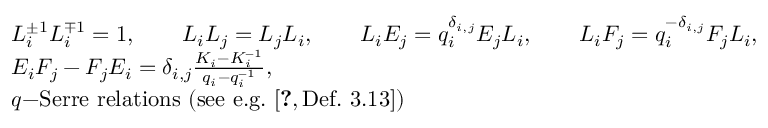
\begin{array} { r l } & { L _ { i } ^ { \pm 1 } L _ { i } ^ { \mp 1 } = 1 , \qquad L _ { i } L _ { j } = L _ { j } L _ { i } , \qquad L _ { i } E _ { j } = q _ { i } ^ { \delta _ { i , j } } E _ { j } L _ { i } , \qquad L _ { i } F _ { j } = q _ { i } ^ { - \delta _ { i , j } } F _ { j } L _ { i } , } \\ & { E _ { i } F _ { j } - F _ { j } E _ { i } = \delta _ { i , j } \frac { K _ { i } - K _ { i } ^ { - 1 } } { q _ { i } - q _ { i } ^ { - 1 } } , } \\ & { q \mathrm { - S e r r e ~ r e l a t i o n s ~ ( s e e ~ e . g . ~ \cite [ D e f . ~ 3 . 1 3 ] { V Y } } ) } \end{array}